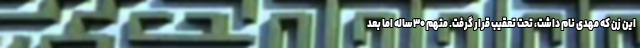
این زن که مهدی نام داشت، تحت تعقیب قرار گرفت. متهم ۳۰ساله اما بعد